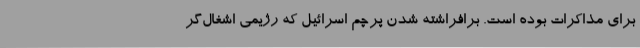
برای مذاکرات بوده است. برافراشته شدن پرچم اسرائیل که رژیمی اشغال‌گر